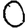
Digit: 0